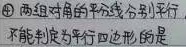
\textcircled{4} 两组对角的平分线分别平行，不能判定为平行四边形的是